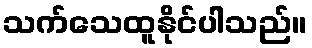
သက်သေထူနိုင်ပါသည်။